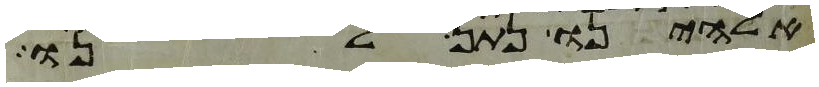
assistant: אלהינו נתן לנו